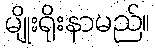
မျိုးရိုးနာမည်။